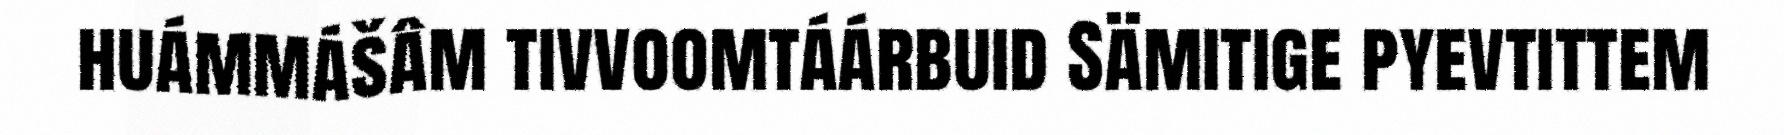
huámmášâm tivvoomtáárbuid Sämitige pyevtittem